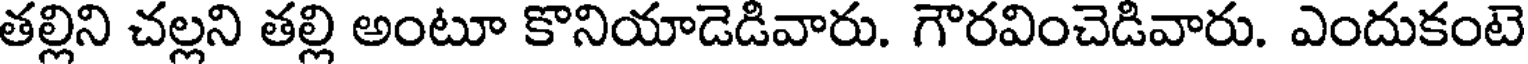
తల్లిని చల్లని తల్లి అంటూ కొనియాడెడివారు. గౌరవించెడివారు. ఎందుకంటె